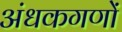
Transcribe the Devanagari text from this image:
अंधकगणों